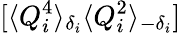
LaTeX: [\langle Q_{i}^{4}\rangle_{\delta_{i}}\langle Q_{i}^{2}\rangle_{-\delta_{i}}]